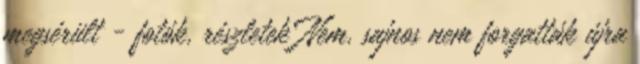
megsérült - fotók, részletek Nem, sajnos nem forgatták újra